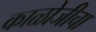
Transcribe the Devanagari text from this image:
काळोजीचा